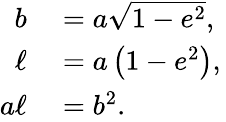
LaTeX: \begin{array}{rl}{b}&{{}=a{\sqrt{1-e^{2}}},}\\ {\ell}&{{}=a\left(1-e^{2}\right),\, }\\ {a\ell}&{{}=b^{2}.}\end{array}